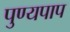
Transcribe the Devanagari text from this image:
पुण्यपाप